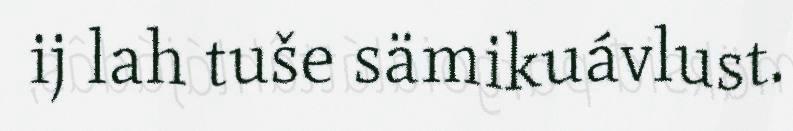
ij lah tuše sämikuávlust.